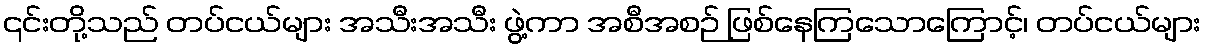
၎င်းတို့သည် တပ်ငယ်များ အသီးအသီး ဖွဲ့ကာ အစီအစဉ် ဖြစ်နေကြသောကြောင့်၊ တပ်ငယ်များ